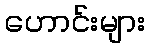
ဟောင်းများ